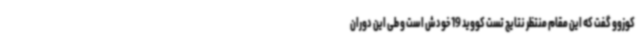
کوزوو گفت که این مقام منتظر نتایج تست کووید 19 خودش است و طی این دوران